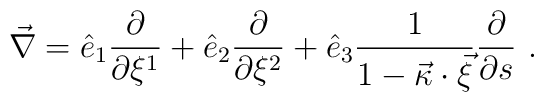
\vec\nabla= \hat{e}_1 \frac{\partial}{\partial \xi^1} +        \hat{e}_2 \frac{\partial}{\partial \xi^2} + \hat{e}_3        \frac{1}{1-\vec{\kappa} \cdot \vec{\xi}}        \frac{\partial}{\partial s}\ .